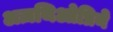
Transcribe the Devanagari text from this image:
अज़थिओप्रिने